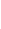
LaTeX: \! \! \! \! \! \! \! \! \! \! \! \! \! \! \! \! \! \! \! \! \! \! \! I\! \! \! \! \! \! \! \! \! \! \! \! _{\! \! \! \! \! \! \! \! \! \! \! \! \mathbf{x}\! \! \! \! \! \! \! \! \! \! \! \! _{\! }\! \! \! \! \! \! \! \! \! \! \! 0}\! \! \! \! \! \! \! \! \! \! \! \! (\! \! \! \! \! \! \! \! \! \! \! \! \Phi\! \! \! \! \! \! \! \! \! \! \! \! _{\! }\! \! \! \! \! \! \! \! \! \! \! *\! \! \! \! \! \! \! \! \! \! \! \! \! \! \! \! \! \! \! \! \! \! \! \! \ensuremath{\mathcal{Z}}\! \! \! \! \! \! \! \! \! \! \! \! )\! \! \! \! \! \! \! \! \! \! \! \! =I\! \! \! \! \! \! \! \! \! \! \! \! _{\! \! \! \! \! \! \! \! \! \! \! \! \partial\! \! \! \! \! \! \! \! \! \! \! \! B}\! \! \! \! \! \! \! \! \! \! \! \! (Z\! \! \! \! \! \! \! \! \! \! \! \! )\! \! \! \! \! \! \! \! \! \! \! \! ,\! \! \! \! \! \! \! \! \! \! \! \! ,\! \! \! \! \! \! \! \! \! \! \! \! ,\! \! \! \! \! \! \! \! \! \! \! \! \! \! \! \! \! \! \! \! \! \! \! \! \mathrm{and}\! \! \! \! \! \! \! \! \! \! \! \! ,\! \! \! \! \! \! \! \! \! \! \! \! ,\! \! \! \! \! \! \! \! \! \! \! \! ,\! \! \! \! \! \! \! \! \! \! \! \! I\! \! \! \! \! \! \! \! \! \! \! \! _{\! \! \! \! \! \! \! \! \! \! \! \! \mathbf{x}\! \! \! \! \! \! \! \! \! \! \! \! _{\! }\! \! \! \! \! \! \! \! \! \! \! 0}\! \! \! \! \! \! \! \! \! \! \! \! (\! \! \! \! \! \! \! \! \! \! \! \! \Psi\! \! \! \! \! \! \! \! \! \! \! \! _{\! }\! \! \! \! \! \! \! \! \! \! \! *\! \! \! \! \! \! \! \! \! \! \! \! \! \! \! \! \! \! \! \! \! \! \! \! \ensuremath{\mathcal{Z}}\! \! \! \! \! \! \! \! \! \! \! \! )\! \! \! \! \! \! \! \! \! \! \! \! =I\! \! \! \! \! \! \! \! \! \! \! \! _{\! \! \! \! \! \! \! \! \! \! \! \! \partial\! \! \! \! \! \! \! \! \! \! \! \! B}\! \! \! \! \! \! \! \! \! \! \! \! (W\! \! \! \! \! \! \! \! \! \! \! \! )\! \! \! \! \! \! \! \! \! \! \! \! .\! \! \! \! \! \! \! \! \! \! \! \! \! \! \! \! \! \! \! \! \! \! \!